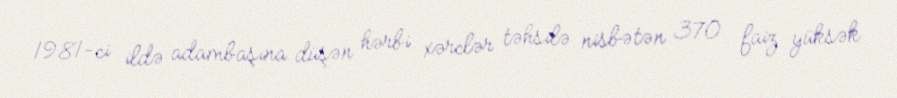
1981-ci ildə adambaşına düşən hərbi xərclər təhsilə nisbətən 370 faiz yüksək